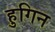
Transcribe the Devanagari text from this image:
हुगिन